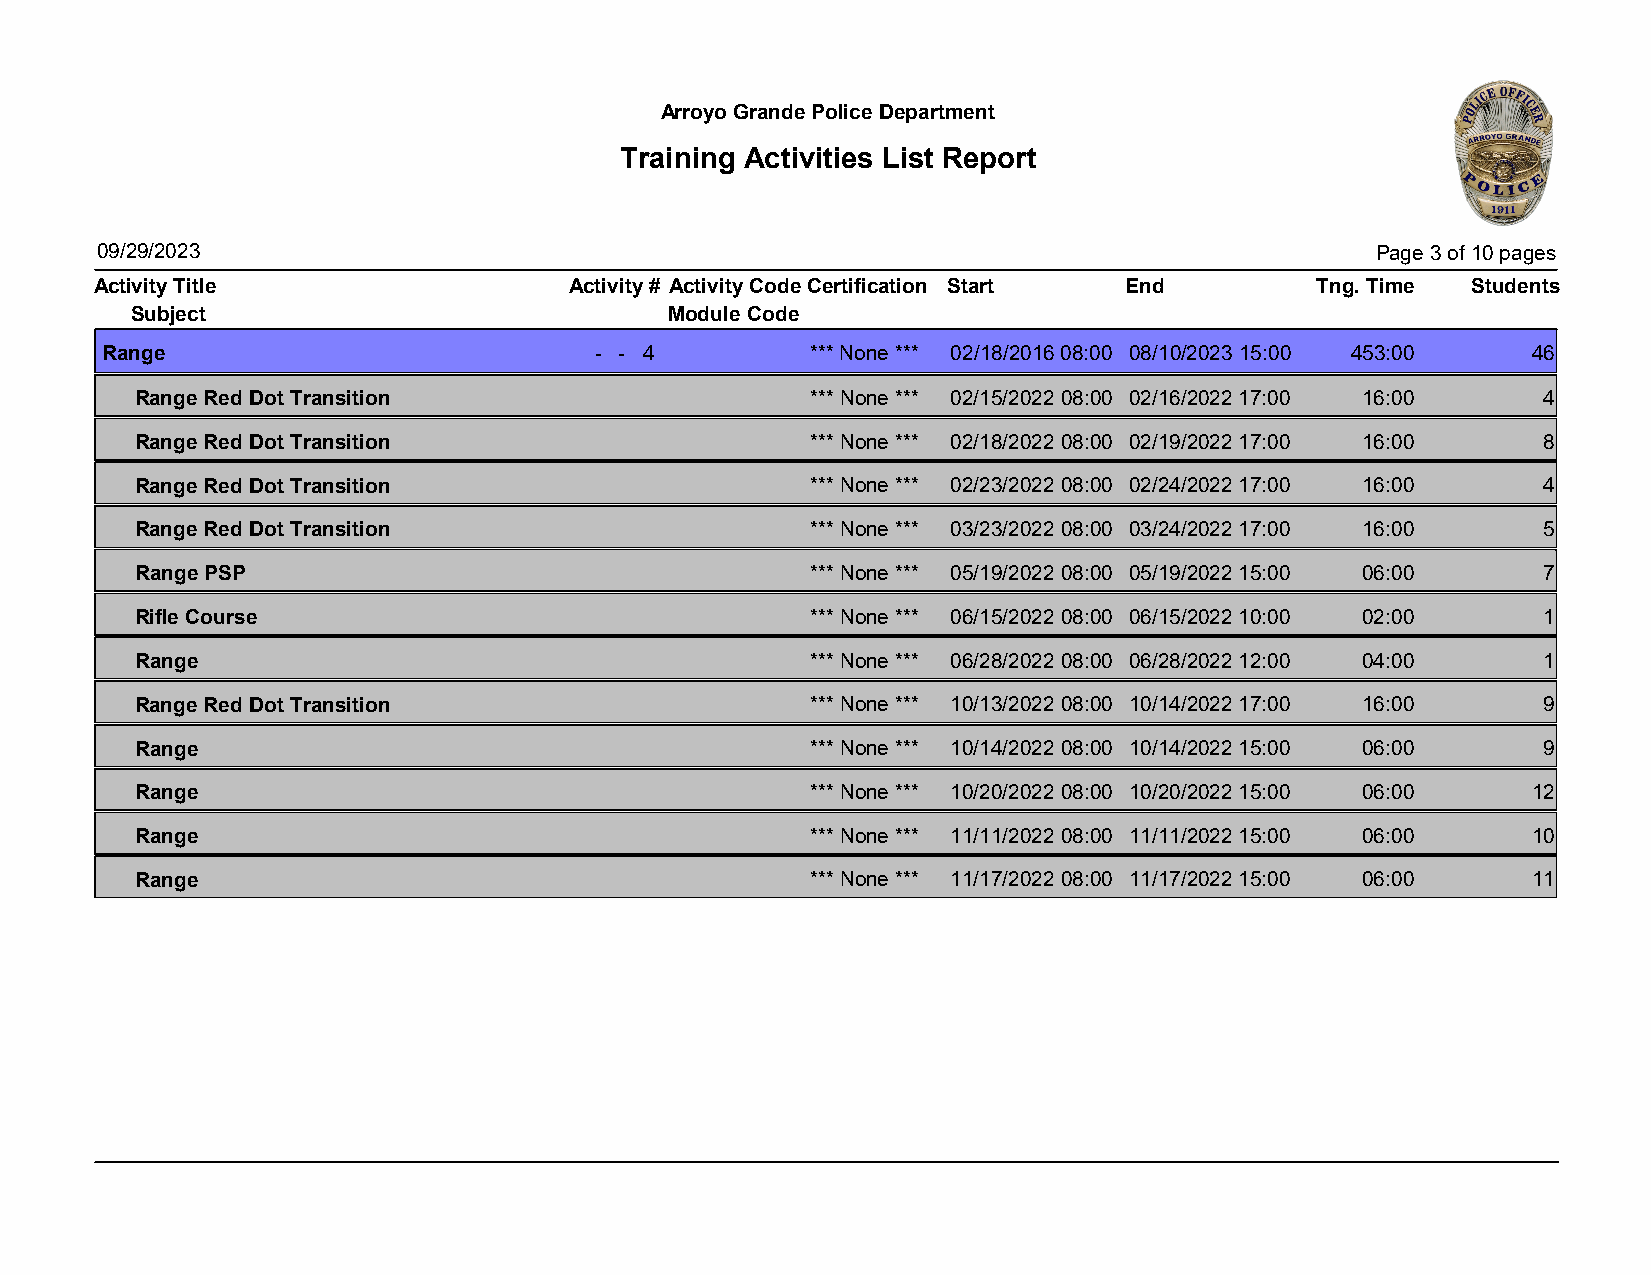
Arroyo Grande Police Department
 Training Activities List Report
 09/29/2023                                                                           Page 3 of 10 pages
 Activity Title                  Activity # Activity CodeCertification Start End  Tng. Time Students
 Subject                            Module Code
 Range                           - - 4          *** None *** 02/18/2016 08:00 08/10/2023 15:00 453:00 46
 Range Red Dot Transition                     *** None *** 02/15/2022 08:00 02/16/2022 17:00 16:00 4
 Range Red Dot Transition                     *** None *** 02/18/2022 08:00 02/19/2022 17:00 16:00 8
 Range Red Dot Transition                     *** None *** 02/23/2022 08:00 02/24/2022 17:00 16:00 4
 Range Red Dot Transition                     *** None *** 03/23/2022 08:00 03/24/2022 17:00 16:00 5
 Range PSP                                    *** None *** 05/19/2022 08:00 05/19/2022 15:00 06:00 7
 Rifle Course                                 *** None *** 06/15/2022 08:00 06/15/2022 10:00 02:00 1
 Range                                        *** None *** 06/28/2022 08:00 06/28/2022 12:00 04:00 1
 Range Red Dot Transition                     *** None *** 10/13/2022 08:00 10/14/2022 17:00 16:00 9
 Range                                        *** None *** 10/14/2022 08:00 10/14/2022 15:00 06:00 9
 Range                                        *** None *** 10/20/2022 08:00 10/20/2022 15:00 06:00 12
 Range                                        *** None *** 11/11/2022 08:00 11/11/2022 15:00 06:00 10
 Range                                        *** None *** 11/17/2022 08:00 11/17/2022 15:00 06:00 11